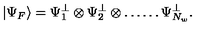
\left| \Psi _ { F } \right\rangle = \Psi _ { 1 } ^ { \perp } \otimes \Psi _ { 2 } ^ { \perp } \otimes \ldots \ldots \Psi _ { N _ { w } } ^ { \perp } .